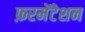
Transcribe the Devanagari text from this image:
फ़रमेंटेशन